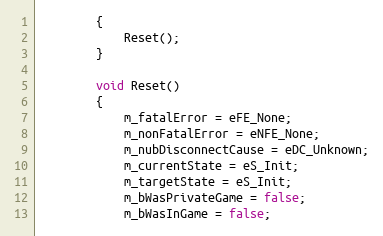
Language: C
		{
			Reset();
		}

		void Reset()
		{
			m_fatalError = eFE_None;
			m_nonFatalError = eNFE_None;
			m_nubDisconnectCause = eDC_Unknown;
			m_currentState = eS_Init;
			m_targetState = eS_Init;
			m_bWasPrivateGame = false;
			m_bWasInGame = false;